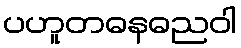
ပဟူတဓနဓညဝါ